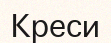
Креси